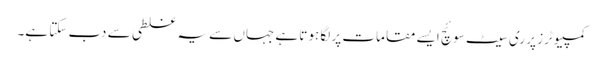
کمپیوٹرز پر ری سیٹ سوئچ ایسے مقامات پر لگا ہوتا ہے جہاں سے یہ غلطی سے دب سکتا ہے۔